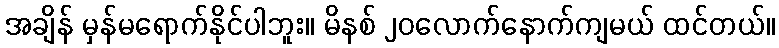
အချိန် မှန်မရောက်နိုင်ပါဘူး။ မိနစ် ၂၀လောက်နောက်ကျမယ် ထင်တယ်။